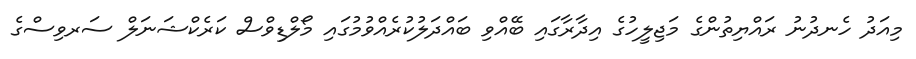
މިއަދު ހެނދުނު ރައްޔިތުންގެ މަޖިލީހުގެ އިދާރާގައި ބޭއްވި ބައްދަލުކުރެއްވުމުގައި މޯލްޑިވްސް ކަރެކްޝަނަލް ސަރވިސްގެ